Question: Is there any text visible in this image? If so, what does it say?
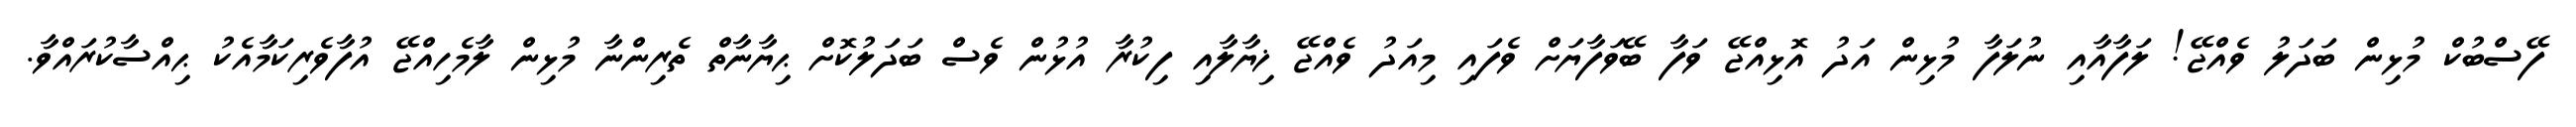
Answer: ފޭސްބުކް މުޅިން ބަދަލު ވެއްޖޭ! ލަފާއާއި ނުލަފާ މުޅިން އަދު އޮޅިއްޖޭ ވަފާ ބޭވަފާޔަށް ވެފައި މިއަދު ވެއްޖޭ ޚިޔާލާއި ފިކުރާ އުޅުން ވެސް ބަދަލުކޮށް ޙިޔާނާތް ތެރިންނާ މުޅިން ލާމެހިއްޖޭ އުފާވެރިކަމާއެކު ޙިއްސާކުރައްވާ.